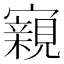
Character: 寴